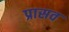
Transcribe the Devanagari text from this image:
प्रासव